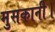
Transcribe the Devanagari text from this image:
मुसकानी।